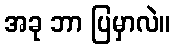
အခု ဘာ ပြမှာလဲ။